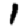
Digit: 1